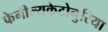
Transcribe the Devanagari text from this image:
फेनील्यकेटोनुरिया